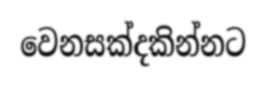
වෙනසක්දකින්නට